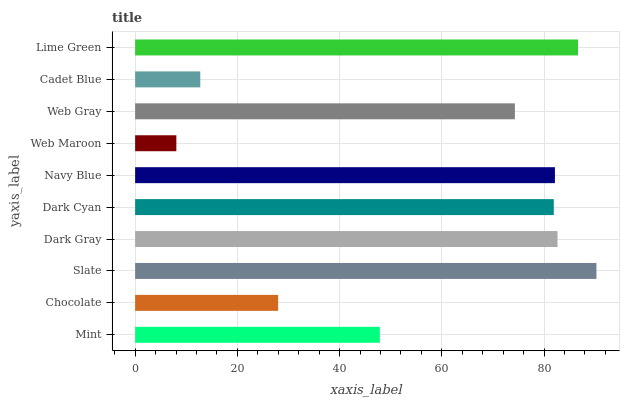
| yaxis_label | bars |
 | --- | --- |
 | Mint | 47.9 |
 | Chocolate | 28 |
 | Slate | 90.3 |
 | Dark Gray | 82.6 |
 | Dark Cyan | 81.9 |
 | Navy Blue | 82.1 |
 | Web Maroon | 8.06 |
 | Web Gray | 74.3 |
 | Cadet Blue | 12.7 |
 | Lime Green | 86.7 |